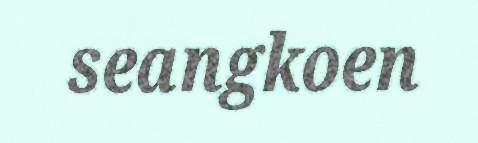
seangkoen